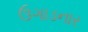
ઉગાડનાર